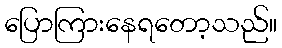
ပြောကြားနေရတော့သည်။